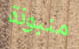
منبوذة